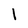
Character: 1